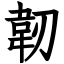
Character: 韌